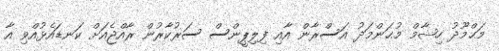
މަޙްމޫދު ހިޝާމް މުޙަންމަދު އަސްރާން އާއި ފިލިޕީންސް ސަރުކާރުން ރާއްޖެއަށް ކަނޑައެޅުއްވި އާ